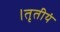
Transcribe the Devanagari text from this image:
।तृतीयं